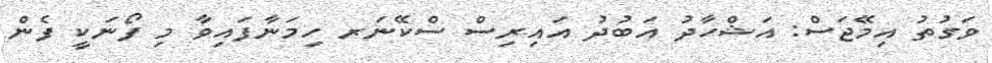
ވަގުތު އިމޭޖަސް: އަޝްހާދު އަބުދު އައިރިސް ސްކޭނަރ ހިމަނާފައިވާ މި ފޯނަކީ ފެން